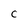
Character: C